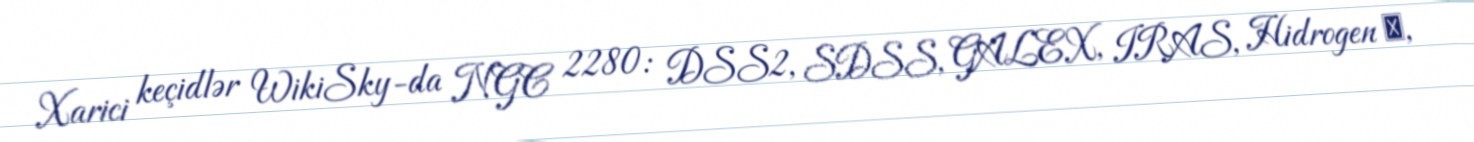
Xarici keçidlər WikiSky-da NGC 2280: DSS2, SDSS, GALEX, IRAS, Hidrogen α,